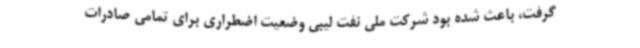
گرفت، باعث شده بود شرکت ملی نفت لیبی وضعیت اضطراری برای تمامی صادرات